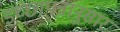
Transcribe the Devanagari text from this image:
इच्छापत्रानुसार